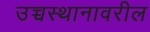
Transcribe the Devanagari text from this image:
उच्चस्थानावरील